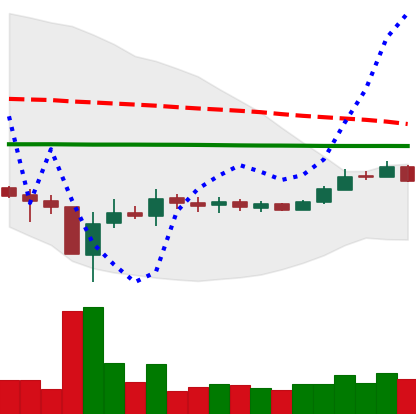
Ticker: BTC-USD
Chart end date: 2015-09-09
Forward return: -3.159%
Label: down_3_5